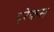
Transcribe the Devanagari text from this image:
ट्रेकस